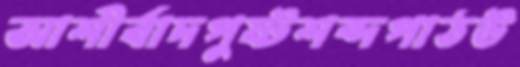
আশীর্বাদপুষ্টশব্দপাঠউ